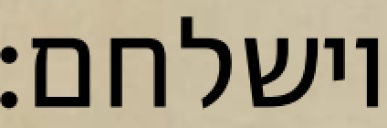
וישלחם: